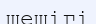
шешігі